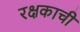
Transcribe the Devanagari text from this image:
रक्षकाची